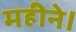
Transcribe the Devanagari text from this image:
महीने।